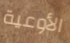
الأوعية